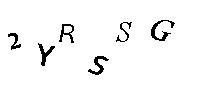
2YRSSG